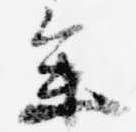
参